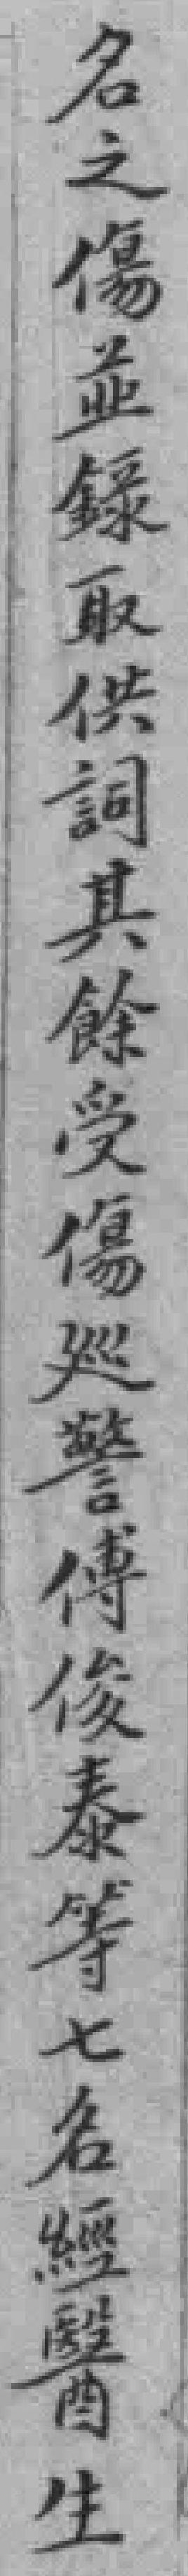
名之傷並錄取供詞其餘受傷巡警傳俊泰等七名經醫生